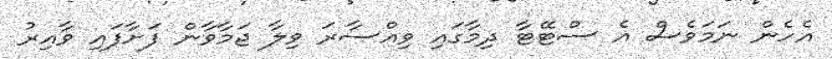
އެހެން ނަމަވެސް އެ ސްޓޭޓާ ދިމާގައި ވިއްސާރަ ވިލާ ޖަމާވާން ފަށާފައި ވާއިރު